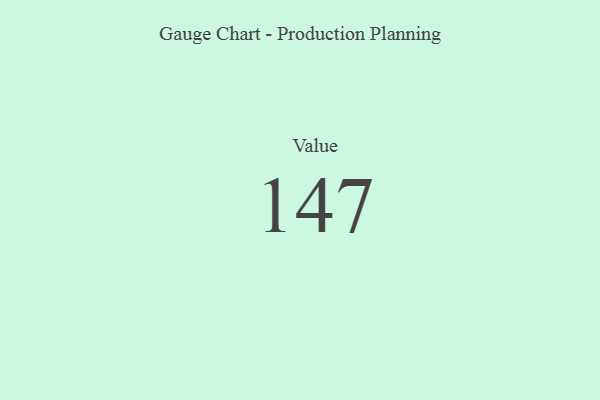
{"axis": {"x": "Metric", "y": "Value"}, "legend": [""], "data": [{"x": "Value", "y": 147, "type": ""}]}